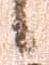
候